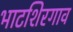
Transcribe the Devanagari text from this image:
भाटशिरगाव